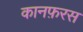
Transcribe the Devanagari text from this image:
कानफ़रस